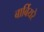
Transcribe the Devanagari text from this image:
बार्बियरे